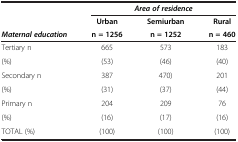
<table><thead><tr><td rowspan="3"><b><i>Maternal education</i></b></td><td colspan="3"><b><i>Area of residence</i></b></td></tr><tr><td><b>Urban</b></td><td><b>Semiurban</b></td><td><b>Rural</b></td></tr><tr><td><b>n = 1256</b></td><td><b>n = 1252</b></td><td><b>n = 460</b></td></tr></thead><tbody><tr><td>Tertiary n</td><td>665</td><td>573</td><td>183</td></tr><tr><td>(%)</td><td>(53)</td><td>(46)</td><td>(40)</td></tr><tr><td>Secondary n</td><td>387</td><td>470)</td><td>201</td></tr><tr><td>(%)</td><td>(31)</td><td>(37)</td><td>(44)</td></tr><tr><td>Primary n</td><td>204</td><td>209</td><td>76</td></tr><tr><td>(%)</td><td>(16)</td><td>(17)</td><td>(16)</td></tr><tr><td>TOTAL (%)</td><td>(100)</td><td>(100)</td><td>(100)</td></tr></tbody></table>